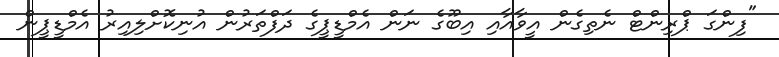
"ފިންގަ ޕްރިންޓް ނެތިގެން އީވާއާއި އިބޫގެ ނަން އެމްޑީޕީގެ ދަފްތަރުން އުނިކޮށްލިއިރު އެމްޑީޕީން